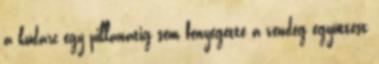
a kudarc egy pillanatig sem fenyegette a vendég együttest